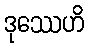
ဒုဿေဟိ